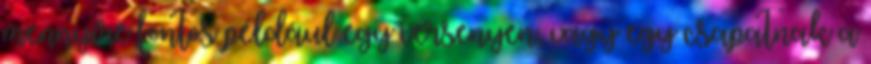
mennyire fontos például egy versenyen, vagy egy csapatnak a